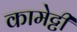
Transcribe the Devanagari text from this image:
कामेट्टी